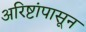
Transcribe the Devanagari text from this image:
अरिष्टांपासून